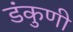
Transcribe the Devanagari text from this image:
डंकुणी